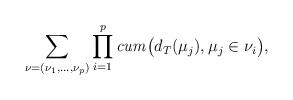
LaTeX: \begin{align*}\sum_{\nu=(\nu_{1},\ldots,\nu_{p})}\prod_{i=1}^{p}\mathit{cum}\bigl(d_{T}(\mu_{j}),\mu_{j}\in\nu_{i} \bigr), \end{align*}